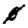
Digit: 0